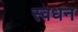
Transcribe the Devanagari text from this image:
स्वधन